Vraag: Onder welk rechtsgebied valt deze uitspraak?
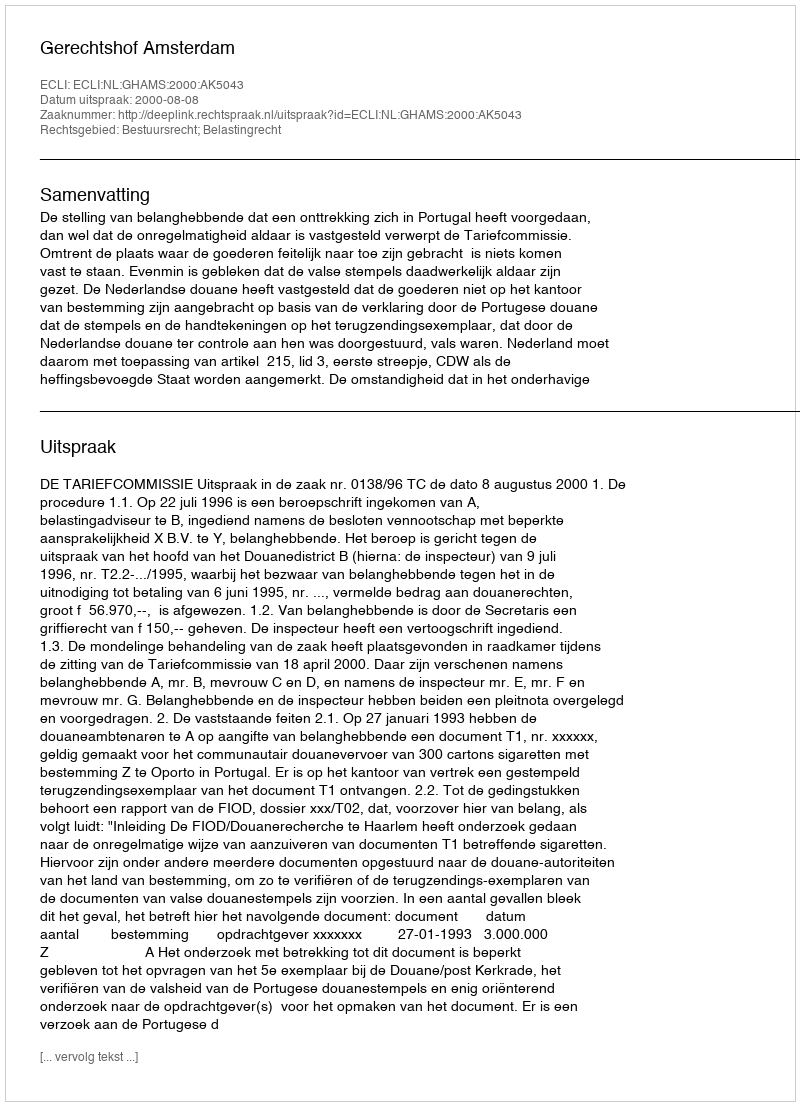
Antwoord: Bestuursrecht; Belastingrecht